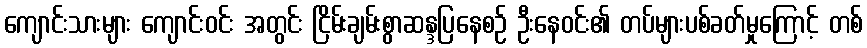
ကျောင်းသားများ ကျောင်းဝင်း အတွင်း ငြိမ်းချမ်းစွာဆန္ဒပြနေစဉ် ဦးနေဝင်း၏ တပ်များပစ်ခတ်မှုကြောင့် တစ်